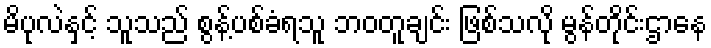
မိပုလဲနှင့် သူသည် စွန့်ပစ်ခံရသူ ဘဝတူချင်း ဖြစ်သလို မွန်တိုင်းဌာနေ